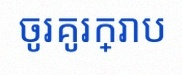
ចូរគូរក្រាប